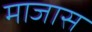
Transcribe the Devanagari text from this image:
माजास